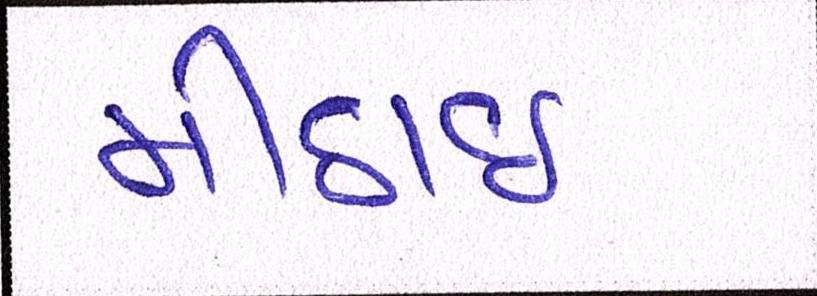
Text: મીઠાઈ